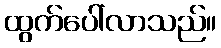
ထွက်ပေါ်လာသည်။